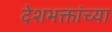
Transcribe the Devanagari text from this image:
देशभक्तांच्या